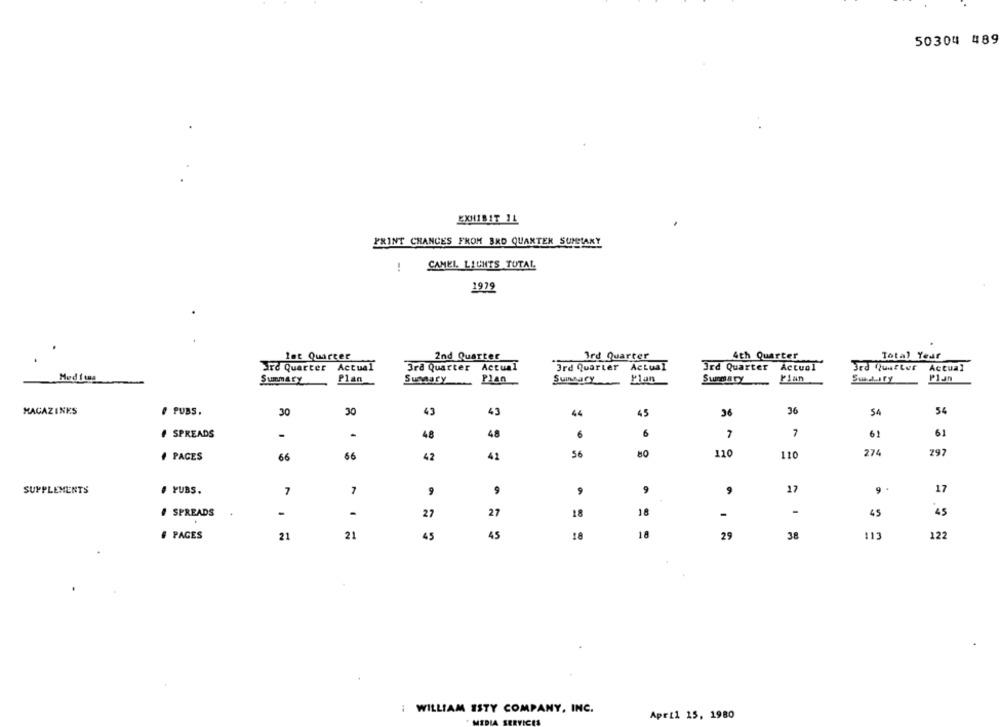
50304 489
PRINT CHANGES FROM BRD QUANTER SUMELANY
!
CAMEL, LICHTS TOTAL
1979
let Quarter
2nd Quarter
Ird Quarter
4th Quarter
Total Year
Jrd Quarter Actual
3rd Quarter Actual
3rd Quarter Actual
3rd Quarter Actual
3rd Quarter Actual
Med f ws
Summary
Plan
Summary
Plan
Plan
Summary
Plan
SUMary
MAGAZINES
. PUBS.
30
30
43
41
44
45
36
36
54
54
# SPREADS
-
48
48
6
6
7
7
62
61
# PAGES
66
66
42
41
SE
80
110
110
274
297
17
SUPPLEMENTS
# YUBS.
7
7
9
9
9
9
17
9 .
SPREADS
-
27
27
18
18
-
-
45
45
# PAGES
21
21
45
45
18
18
29
38
113
122
: WILLIAM ISTY COMPANY, INC.
April 15, 1980
* MEDIA SERVICES